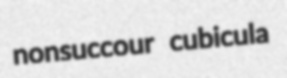
nonsuccour cubicula